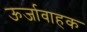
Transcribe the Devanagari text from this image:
ऊर्जावाहक